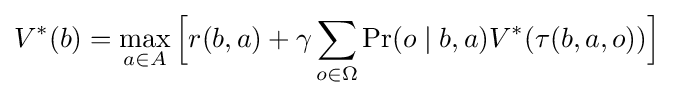
V^{*}(b)=\max _{a\in A}{\Bigl [}r(b,a)+\gamma \sum _{o\in \Omega }\Pr(o\mid b,a)V^{*}(\tau (b,a,o)){\Bigr ]}